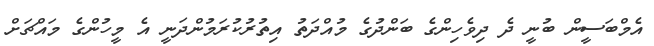
އެމްބަސީން ބުނީ ދެ ދިވެހިންގެ ބަންދުގެ މުއްދަތު އިތުރުކުރަމުންދަނީ އެ މީހުންގެ މައްޗަށް